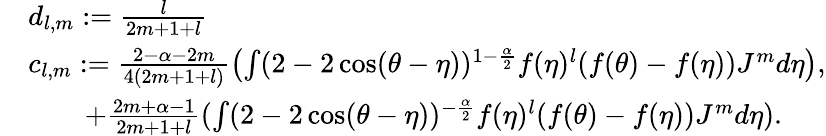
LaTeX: \begin{array}{rl}&{d_{l,m}:=\frac{l}{2m+1+l}}\\ &{c_{l,m}:=\frac{2-\alpha-2m}{4(2m+1+l)}\left(\int(2-2\cos(\theta-\eta))^{1-\frac{\alpha}{2}}f(\eta)^{l}(f(\theta)-f(\eta)){J}^{m}d\eta\right),}\\ &{\quad\quad+\frac{2m+\alpha-1}{2m+1+l}(\int(2-2\cos(\theta-\eta))^{-\frac{\alpha}{2}}f(\eta)^{l}(f(\theta)-f(\eta)){J}^{m}d\eta).}\end{array}